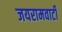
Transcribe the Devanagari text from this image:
जयरामवाटी